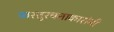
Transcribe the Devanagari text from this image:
वास्तुरचनाकारांनी